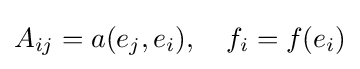
A_{ij}=a(e_{j},e_{i}),\quad f_{i}=f(e_{i})